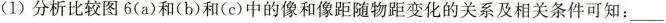
(1)分析比较图6(a)和(b)和(c)中的像和像距随物距变化的关系及相关条件可知：___